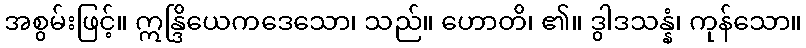
အစွမ်းဖြင့်။ ဣန္ဒြိယေကဒေသော၊ သည်။ ဟောတိ၊ ၏။ ဒွါဒသန္နံ၊ ကုန်သော။